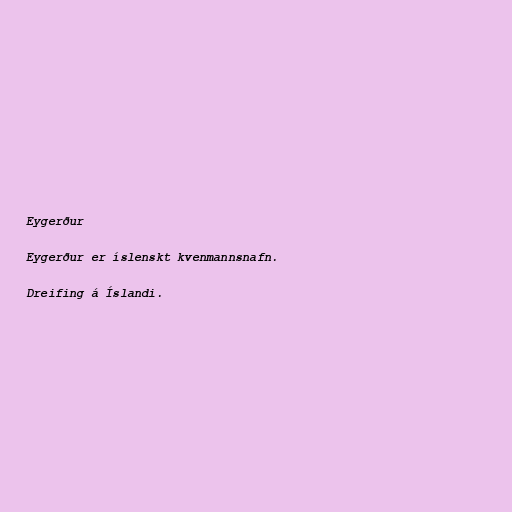
Eygerður

Eygerður er íslenskt kvenmannsnafn.

Dreifing á Íslandi.